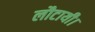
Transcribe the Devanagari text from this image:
लौटायी।